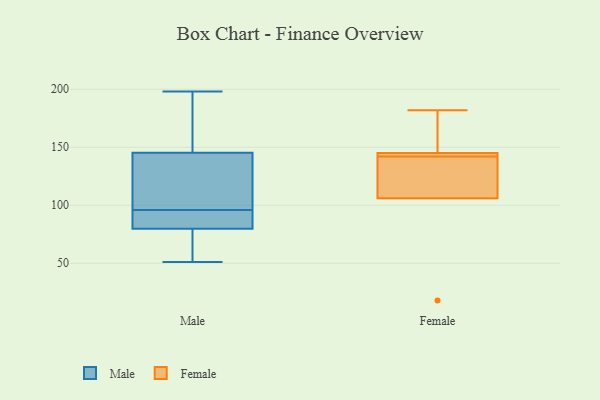
{"axis": {"x": "Active Users", "y": "Value"}, "legend": ["Female", "Male"], "data": [{"x": "", "y": 82, "type": "Male"}, {"x": "", "y": 198, "type": "Male"}, {"x": "", "y": 95, "type": "Male"}, {"x": "", "y": 55, "type": "Male"}, {"x": "", "y": 79, "type": "Male"}, {"x": "", "y": 154, "type": "Male"}, {"x": "", "y": 51, "type": "Male"}, {"x": "", "y": 96, "type": "Male"}, {"x": "", "y": 175, "type": "Male"}, {"x": "", "y": 119, "type": "Male"}, {"x": "", "y": 114, "type": "Male"}, {"x": "", "y": 136, "type": "Female"}, {"x": "", "y": 145, "type": "Female"}, {"x": "", "y": 18, "type": "Female"}, {"x": "", "y": 106, "type": "Female"}, {"x": "", "y": 160, "type": "Female"}, {"x": "", "y": 182, "type": "Female"}, {"x": "", "y": 106, "type": "Female"}, {"x": "", "y": 144, "type": "Female"}, {"x": "", "y": 140, "type": "Female"}, {"x": "", "y": 145, "type": "Female"}]}